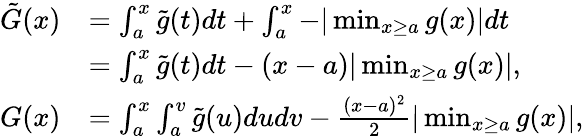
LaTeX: \begin{array}{rl}{\tilde{G}(x)}&{=\int_{a}^{x}\tilde{g}(t)dt+\int_{a}^{x}-|\operatorname*{min}_{x\geq a}g(x)|dt}\\ &{=\int_{a}^{x}\tilde{g}(t)dt-(x-a)|\operatorname*{min}_{x\geq a}g(x)|,}\\ {G(x)}&{=\int_{a}^{x}\int_{a}^{v}\tilde{g}(u)dudv-\frac{(x-a)^{2}}{2}|\operatorname*{min}_{x\geq a}g(x)|,}\end{array}